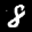
Label: 8